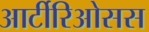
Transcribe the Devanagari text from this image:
आर्टीरिओसस